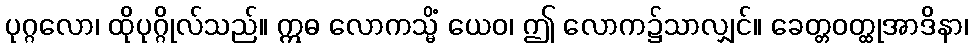
ပုဂ္ဂလော၊ ထိုပုဂ္ဂိုလ်သည်။ ဣဓ လောကသ္မိံ ယေဝ၊ ဤ လောက၌သာလျှင်။ ခေတ္တဝတ္ထုအာဒိနာ၊